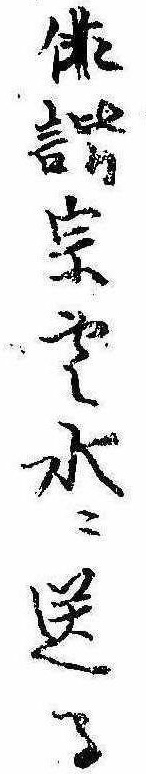
俳諧宗雲水に送る